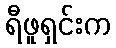
ရီဖူရှင်းက